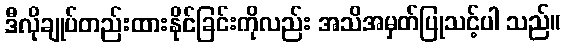
ဒီလိုချုပ်တည်းထားနိုင်ခြင်းကိုလည်း အသိအမှတ်ပြုသင့်ပါ သည်။